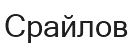
Срайлов